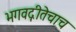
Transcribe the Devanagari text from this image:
भगवद्गीतेचाच